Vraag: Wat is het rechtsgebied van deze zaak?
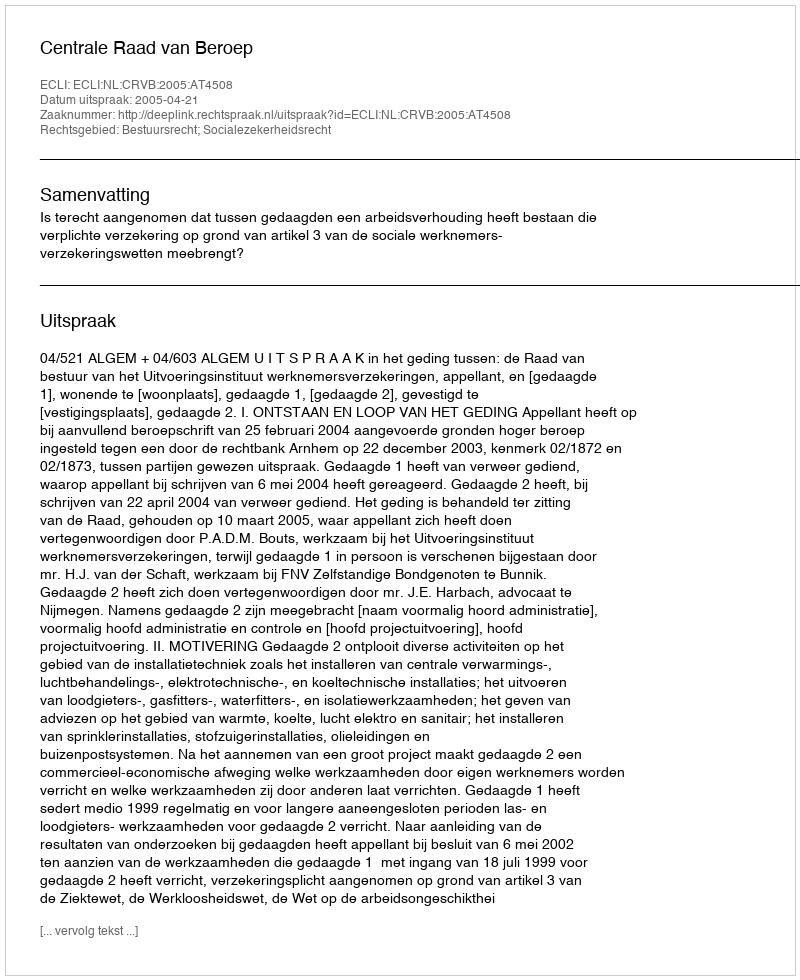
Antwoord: Bestuursrecht; Socialezekerheidsrecht